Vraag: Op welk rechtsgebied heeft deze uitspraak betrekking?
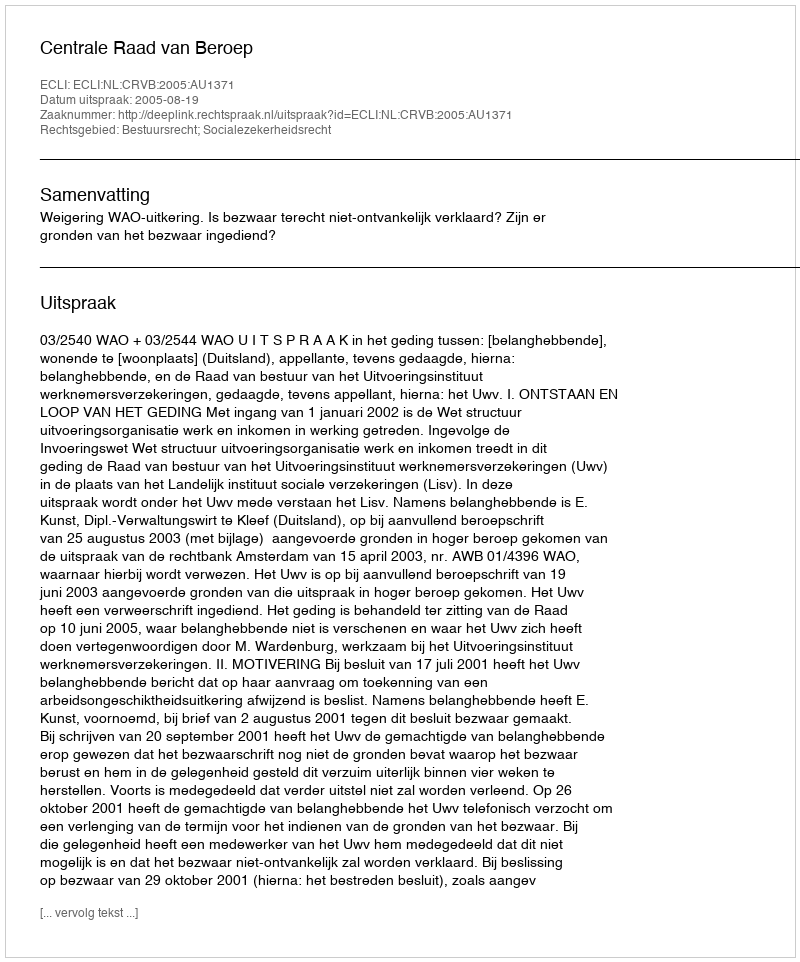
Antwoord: Bestuursrecht; Socialezekerheidsrecht